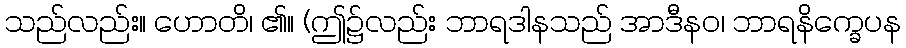
သည်လည်း။ ဟောတိ၊ ၏။ (ဤ၌လည်း ဘာရဒါနသည် အာဒီနဝ၊ ဘာရနိက္ခေပန